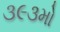
૩૯૩મો